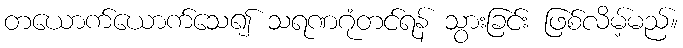
တယောက်ယောက်သေ၍ သရဏဂုံတင်ရန် သွားခြင်း ဖြစ်လိမ့်မည်။